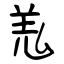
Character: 羗